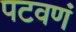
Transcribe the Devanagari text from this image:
पटवणं